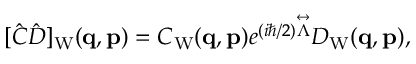
\begin{array} { r } { [ \hat { C } \hat { D } ] _ { \mathrm { W } } ( \ensuremath { \mathbf { q } } , \ensuremath { \mathbf { p } } ) = C _ { \mathrm { W } } ( \ensuremath { \mathbf { q } } , \ensuremath { \mathbf { p } } ) e ^ { ( i \hbar / 2 ) \overset \leftrightarrow { \Lambda } } D _ { \mathrm { W } } ( \ensuremath { \mathbf { q } } , \ensuremath { \mathbf { p } } ) , } \end{array}